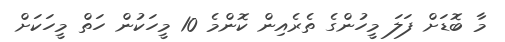
މާ ބޮޑަށް ފަލަ މީހުންގެ ތެރެއިން ކޮންމެ 10 މީހަކުން ހަތް މީހަކަށް